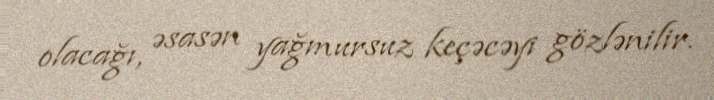
olacağı, əsasən yağmursuz keçəcəyi gözlənilir.